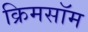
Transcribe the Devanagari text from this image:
क्रिमसॉम